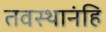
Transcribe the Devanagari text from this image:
तवस्थानंहि